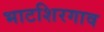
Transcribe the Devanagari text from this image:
भाटशिरगाव